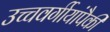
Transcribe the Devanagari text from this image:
उच्चवर्गीयांपैकी